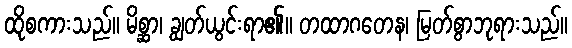
ထိုစကားသည်။ မိစ္ဆာ၊ ချွတ်ယွင်းရာ၏။ တထာဂတေန၊ မြတ်စွာဘုရားသည်။